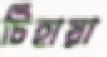
টিহায়া